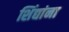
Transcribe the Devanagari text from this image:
शिंद्यांना